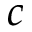
c